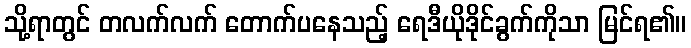
သို့ရာတွင် တလက်လက် တောက်ပနေသည့် ရေဒီယိုဒိုင်ခွက်ကိုသာ မြင်ရ၏။